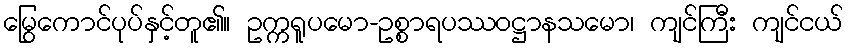
မြွေကောင်ပုပ်နှင့်တူ၏။ ဥက္ကရူပမော-ဥစ္စာရပဿဝဋ္ဌာနသမော၊ ကျင်ကြီး ကျင်ငယ်